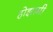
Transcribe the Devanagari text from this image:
होझामी